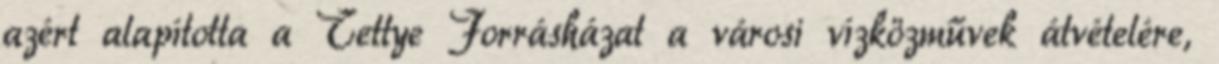
azért alapította a Tettye Forrásházat a városi vízközművek átvételére,